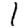
Digit: 1